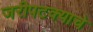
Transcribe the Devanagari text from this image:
जरीपटक्याचे